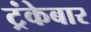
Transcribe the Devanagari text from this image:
ट्रंकेबार